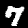
Digit: 7